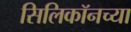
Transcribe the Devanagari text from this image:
सिलिकॉनच्या